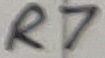
Text: R7